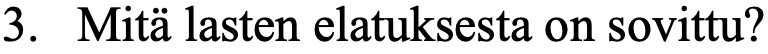
3. Mitä lasten elatuksesta on sovittu?